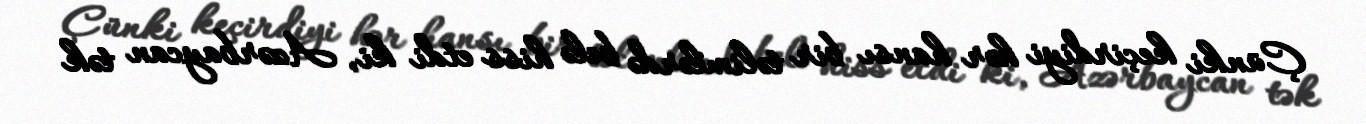
Çünki keçirdiyi hər hansı bir təlimlərdə belə hiss etdi ki, Azərbaycan tək